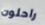
راحلون